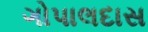
ગોપાલદાસ